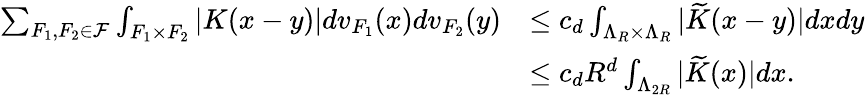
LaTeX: \begin{array}{rl}{\sum_{F_{1},F_{2}\in\mathcal{F}}\int_{F_{1}\times F_{2}}|K(x-y)|dv_{F_{1}}(x)dv_{F_{2}}(y)}&{\le c_{d}\int_{\Lambda_{R}\times\Lambda_{R}}|\widetilde{K}(x-y)|dxdy}\\ &{\le c_{d}R^{d}\int_{\Lambda_{2R}}|\widetilde{K}(x)|dx.}\end{array}